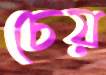
চেয়